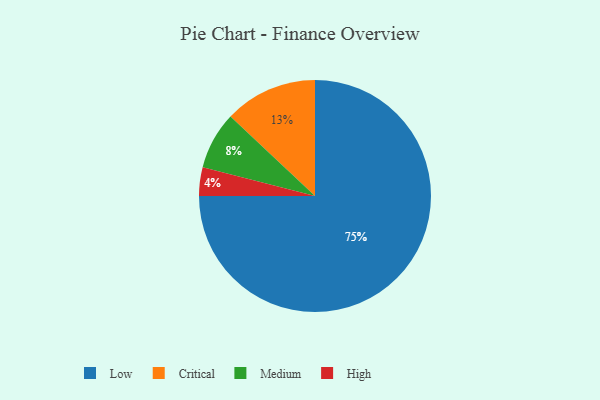
{"axis": {"x": "Category", "y": "Percentage"}, "legend": ["Critical", "High", "Low", "Medium"], "data": [{"x": "High", "y": 4, "type": "High"}, {"x": "Medium", "y": 8, "type": "Medium"}, {"x": "Low", "y": 75, "type": "Low"}, {"x": "Critical", "y": 13, "type": "Critical"}]}